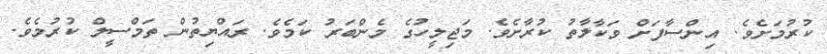
ކުރުމަށެވެ. އިންސާފަށް ވަކާލާތު ކުރާާށެވެ. މަޖިލީހުގެ މެންބަރު ކަމެވެ. ރައްޔިތުން ތަމްސީލް ކުރުމެވެ.